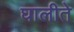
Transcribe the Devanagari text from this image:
घालीते